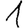
Digit: 1